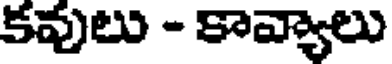
కవులు - కావ్యాలు